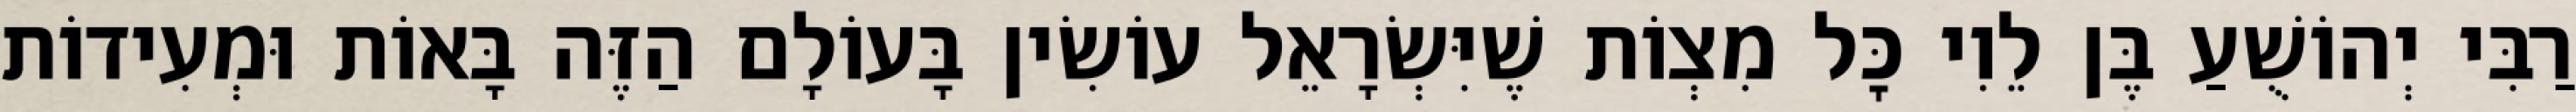
רַבִּי יְהוֹשֻׁעַ בֶּן לֵוִי כׇּל מִצְוֹת שֶׁיִּשְׂרָאֵל עוֹשִׂין בָּעוֹלָם הַזֶּה בָּאוֹת וּמְעִידוֹת